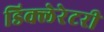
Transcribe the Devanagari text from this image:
डिक्लेरेटरी